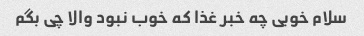
سلام خوبی چه خبر غذا که خوب نبود والا چی بگم